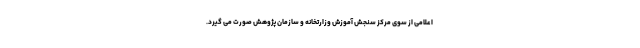
اعلامی از سوی مرکز سنجش آموزش وزارتخانه و سازمان پژوهش صورت می گیرد.